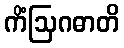
ကိံဩဂဓာတိ